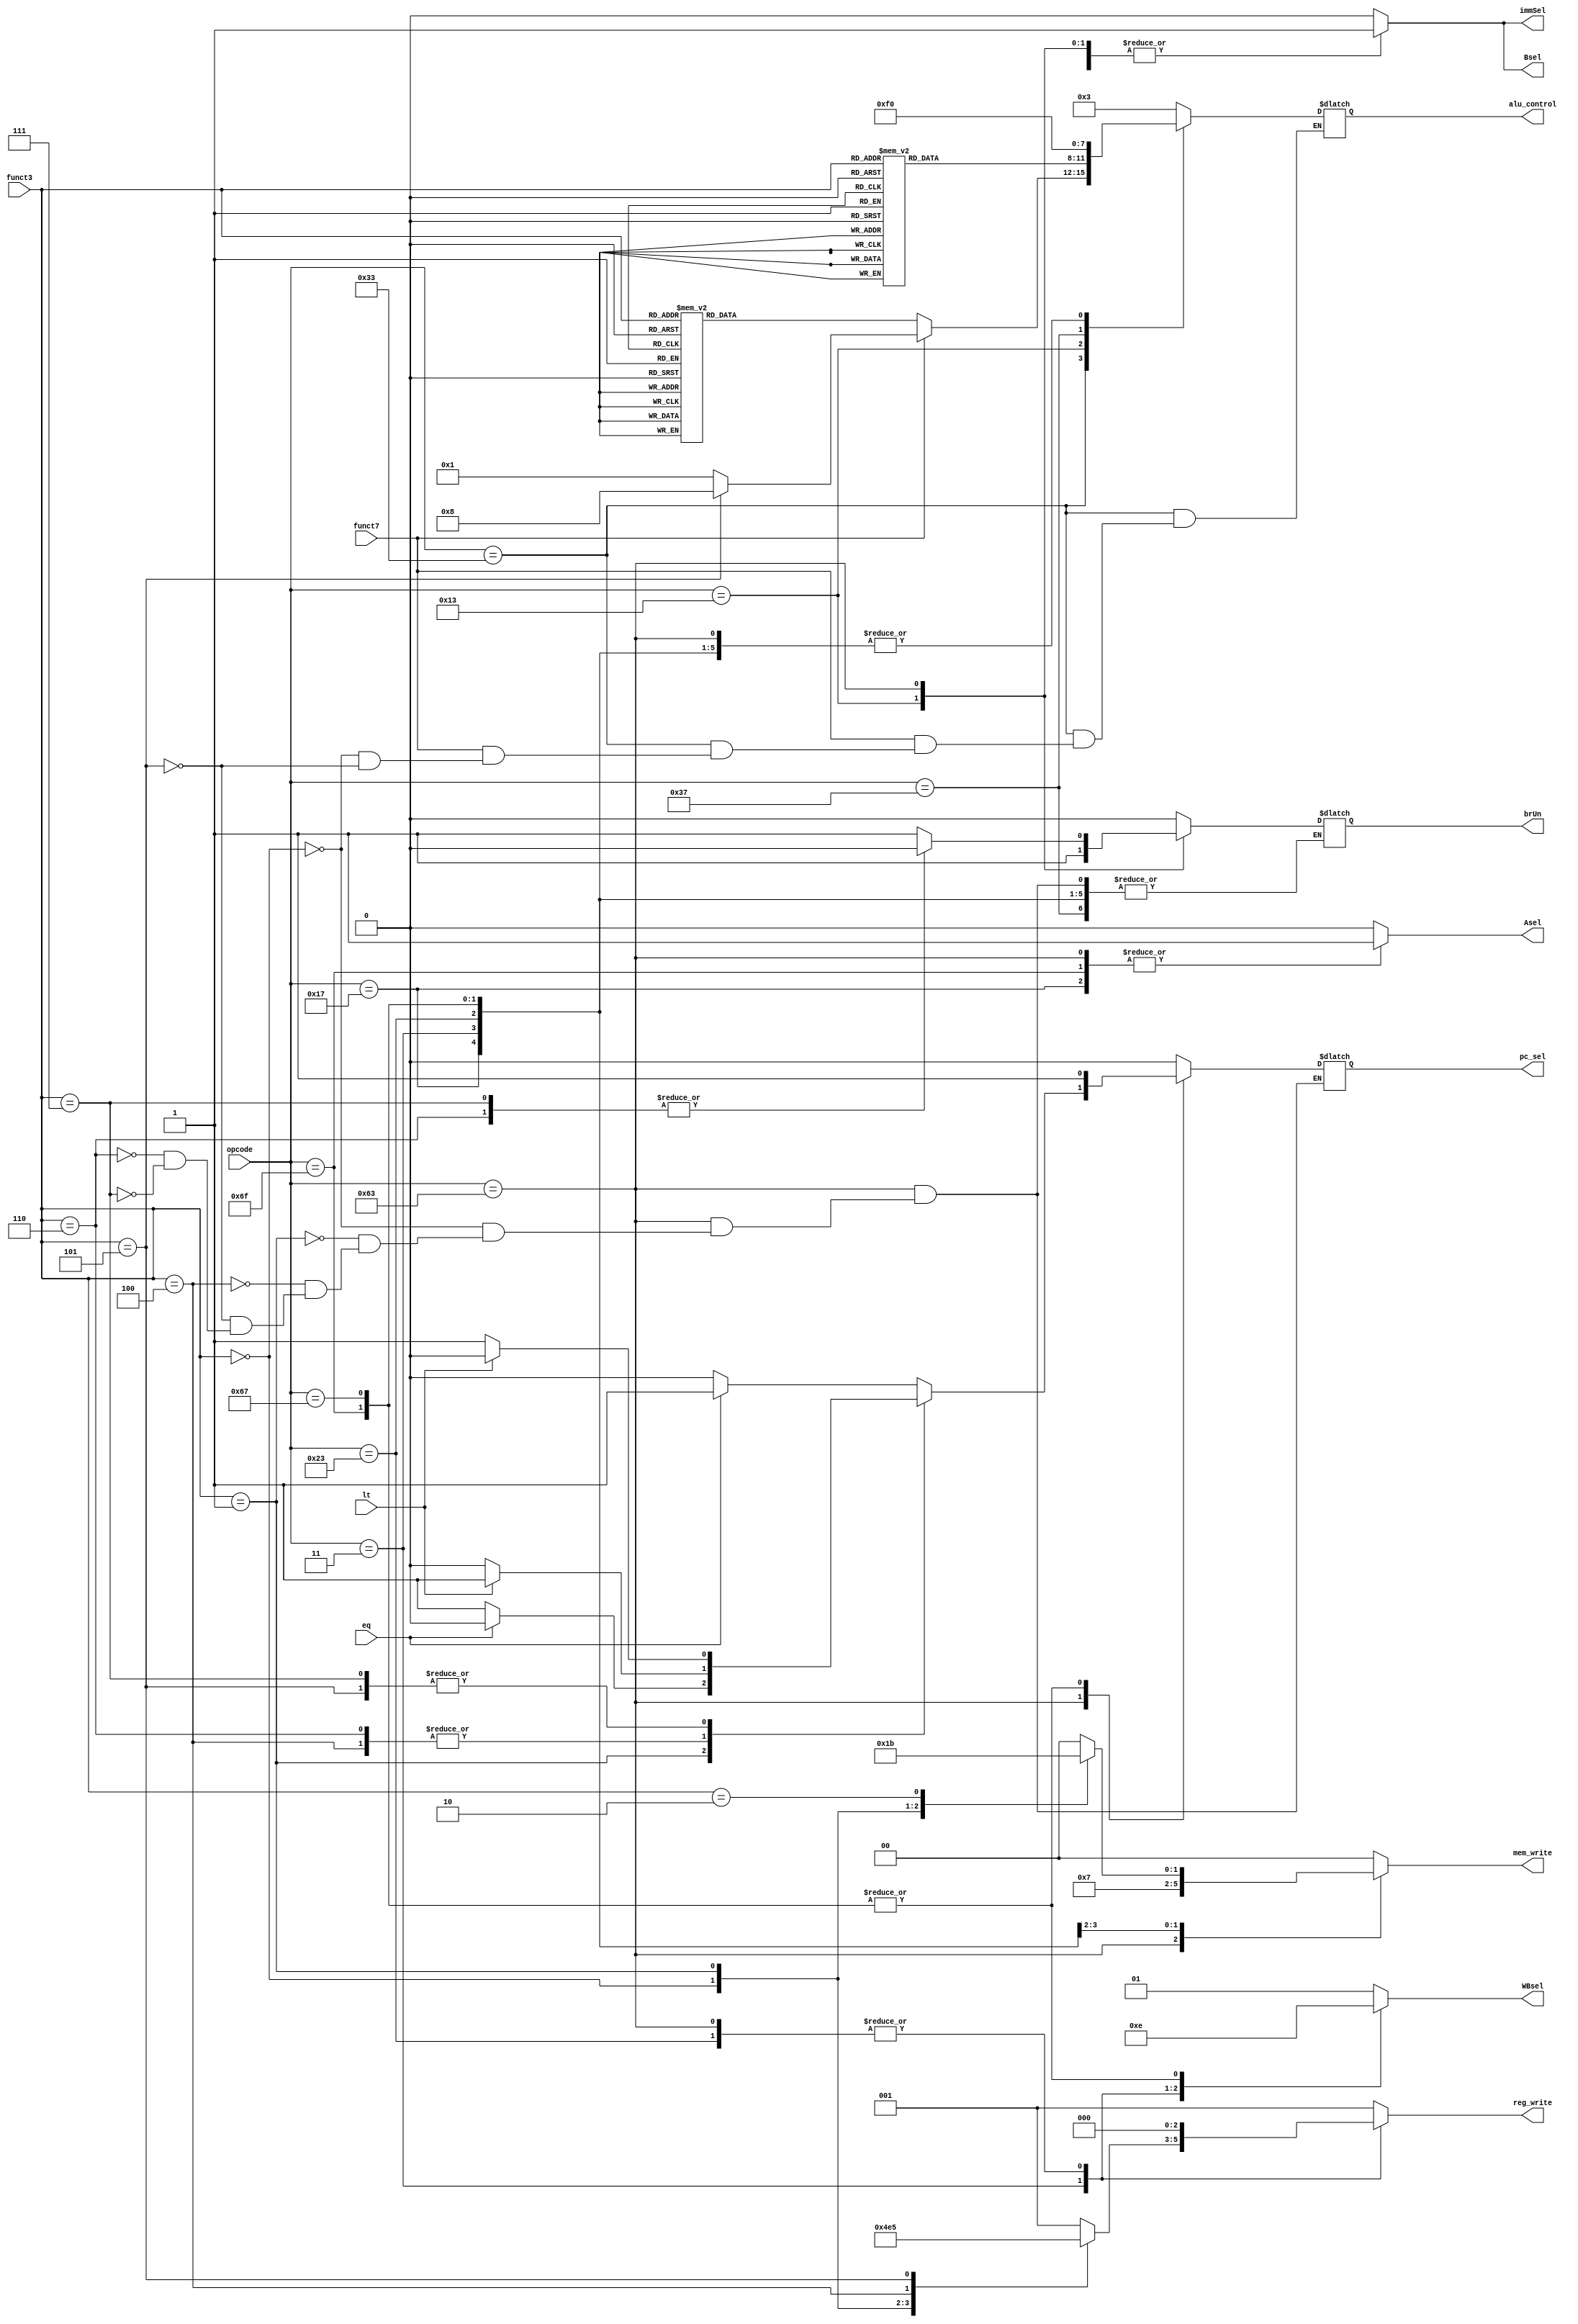
module controler (
    input  [6:0] opcode,
    input  [14:12] funct3,
    input  funct7, // instruction[30]
    input  eq,lt,
    output reg pc_sel /*write = 0, read = 1*/,brUn,
    output reg [1:0] mem_write,
    output reg [3:0] alu_control ,
    output reg immSel,Asel,Bsel,
    output reg [1:0] WBsel,
    output  reg [2:0] reg_write
);

    ///========== USE FOR OPCODE ===========///
    parameter R_type        = 7'b0110011;
    parameter I_R_type      = 7'b0010011;
    parameter LUI           = 7'b0110111;
    parameter AUIPC         = 7'b0010111;
    parameter B_type        = 7'b1100011;
    parameter I_Load_type   = 7'b0000011;
    parameter S_type        = 7'b0100011;
    parameter JAL_type      = 7'b1101111;
    parameter JALR_type     = 7'b1100111;
    ///======= USE FOR ALU CONTROL =====///
    parameter   add     =   4'b0000;
    parameter   sub     =   4'b0001;
    parameter   orr     =   4'b0010;
    parameter   andd    =   4'b0011;
    parameter   xorr    =   4'b0100;
    parameter   slt     =   4'b0101;
    parameter   sll     =   4'b0110;
    parameter   srl     =   4'b0111;
    parameter   sra     =   4'b1000;
    parameter   sltu    =   4'b1001;
    parameter   lui     =   4'b1111;
    ///========= USE FOR FUNCT 3 ========///
    parameter   ADD     =   3'b000;
    parameter   SUB     =   3'b000;
    parameter   ORR     =   3'b110;
    parameter   ANDD    =   3'b111;
    parameter   XORR    =   3'b100;
    parameter   SLT     =   3'b010;
    parameter   SLL     =   3'b001;
    parameter   SRL     =   3'b101;
    parameter   SRA     =   3'b101;
    parameter   SLTU    =   3'b011;


    always @(*) begin
        case (opcode)
            R_type      :  begin
                if(funct7) begin
                    case (funct3)
                        SUB: alu_control  = sub;
                        SRA: alu_control  = sra;
                    endcase
                end
                else begin
                    case (funct3)
                        ADD : alu_control = add;
                        SLL : alu_control = sll;
                        SLT : alu_control = slt;
                        SLTU: alu_control = sltu;
                        XORR: alu_control = xorr;
                        SRL : alu_control = srl;
                        SRA : alu_control = sra;
                        ORR : alu_control = orr;
                        ANDD: alu_control = andd;
                    endcase
                end
                pc_sel = 0;
                immSel = 0;
                reg_write = 1;
                mem_write = 0;
                brUn = 0;
                Asel = 0;
                Bsel = 0;
                WBsel = 1;
            end
            I_R_type    :  begin
                case (funct3)
                    ADD : alu_control = add;
                    // SUB : alu_control = sub; 
                    ORR : alu_control = orr;
                    ANDD: alu_control = andd;
                    XORR: alu_control = xorr;
                    SLT : alu_control = slt;
                    SLTU: alu_control = sltu;
                    SLL : alu_control = sll;
                    SRL : alu_control = srl;
                    SRA : alu_control = sra;
                endcase
                begin
                    pc_sel = 0;
                    immSel = 1;
                    mem_write = 0;
                    reg_write = 1;
                    Asel = 0;
                    Bsel = 1;
                    brUn = 1;
                    WBsel = 1;
                end

            end
            LUI         :  begin
                pc_sel = 0;
                immSel = 1;
                reg_write = 1;
                Bsel = 1;
                Asel = 0;
                alu_control = lui;
                WBsel = 1;
                mem_write = 0;

            end
            AUIPC       :  begin
                pc_sel = 0;
                immSel = 1;
                reg_write = 1;
                Bsel = 1;
                Asel = 1;
                alu_control = add;
                mem_write = 0;
                WBsel = 1;
            end
            B_type      :  begin
                case (funct3)
                    3'b000 : begin // BEQ
                        brUn = 1;
                        if (eq) pc_sel = 1;
                        else pc_sel = 0;
                    end
                    3'b001 : begin // BNE
                        brUn = 1;
                        if (!eq) pc_sel = 1;
                        else pc_sel = 0;
                    end
                    3'b100 : begin
                        brUn = 1;
                        if (lt) pc_sel = 1;
                        else pc_sel = 0;
                    end
                    3'b101 : begin
                        brUn = 1;
                        if (!lt) pc_sel = 1;
                        else pc_sel = 0 ;
                    end
                    3'b110 : begin
                        brUn = 0;
                        if (lt) pc_sel = 1;
                        else pc_sel = 0;
                    end
                    3'b111 : begin
                        brUn = 0;
                        if (!lt) pc_sel = 1;
                        else pc_sel = 0 ;
                    end
                    // default: ;
                endcase
                begin
                    immSel = 1;
                    reg_write = 0;
                    Bsel = 1;
                    Asel = 1;
                    alu_control = add;
                    mem_write = 1;
                    WBsel = 3;
                end
            end
            I_Load_type :  begin
                case (funct3)
                    3'b000 : reg_write = 2;
                    3'b001 : reg_write = 3;
                    3'b010 : reg_write = 1;
                    3'b100 : reg_write = 4;
                    3'b101 : reg_write = 5;
                    default : reg_write = 1;
                endcase
                begin
                    pc_sel = 0;
                    immSel = 1;
                    Bsel = 1;
                    Asel = 0;
                    alu_control = add;
                    mem_write = 3;
                    WBsel = 0;
                end
            end
            S_type      :  begin
                case (funct3)
                    3'b000 : mem_write = 1;
                    3'b001 : mem_write = 2;
                    3'b010 : mem_write = 3;
                    default: mem_write = 2'b0;
                endcase
                begin
                    pc_sel = 0;
                    immSel = 1;
                    reg_write = 0;
                    Bsel = 1;
                    Asel = 0;
                    alu_control = add;
                    WBsel = 3;
                end

            end
            JAL_type    :  begin
                pc_sel = 1;
                immSel = 1;
                reg_write = 1;
                Bsel = 1;
                Asel = 1;
                alu_control = add;
                mem_write = 0;
                WBsel = 2;
            end
            JALR_type   :  begin
                pc_sel = 1;
                immSel = 1;
                reg_write = 1;
                Bsel = 1; 
                Asel = 0;
                alu_control = add;
                mem_write = 0;
                WBsel = 2;
            end
            default: begin
            pc_sel = 0;
            immSel = 0;
            reg_write = 1;
            brUn = 0;
            Asel = 0;
            Bsel = 0;
            mem_write = 0;
            WBsel = 1;
            alu_control=3;
            end
        endcase

    end
endmodule